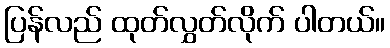
ပြန်လည် ထုတ်လွှတ်လိုက် ပါတယ်။